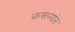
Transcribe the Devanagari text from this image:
कसब्यांत